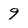
Character: 9